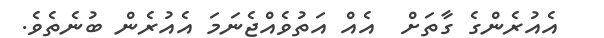
އެއުރެންގެ ގާތަށް  އެއް އަތުވެއްޖެނަމަ އެއުރެން ބުނެތެވެ.